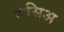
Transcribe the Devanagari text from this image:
मसिअ